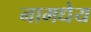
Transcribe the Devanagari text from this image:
नामधेय